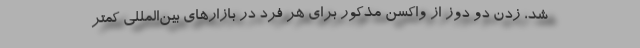
شد، زدن دو دوز از واکسن مذکور برای هر فرد در بازارهای بین‌المللی کمتر